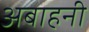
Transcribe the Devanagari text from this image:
अबाहनी